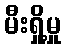
မီးရှို့မှု